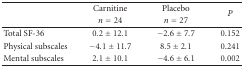
<table><thead><tr><td></td><td><b>Carnitine</b></td><td><b>Placebo</b></td><td rowspan="2"><b><i>P</i></b></td></tr><tr><td></td><td><b><i>n</i> = 24</b></td><td><b><i>n</i> = 27</b></td></tr></thead><tbody><tr><td>Total SF-36</td><td>0.2 ± 12.1</td><td>−2.6 ± 7.7</td><td>0.152</td></tr><tr><td>Physical subscales</td><td>−4.1 ± 11.7</td><td>8.5 ± 2.1</td><td>0.241</td></tr><tr><td>Mental subscales</td><td>2.1 ± 10.1</td><td>−4.6 ± 6.1</td><td>0.002</td></tr></tbody></table>